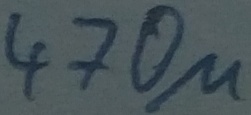
Text: 470µ